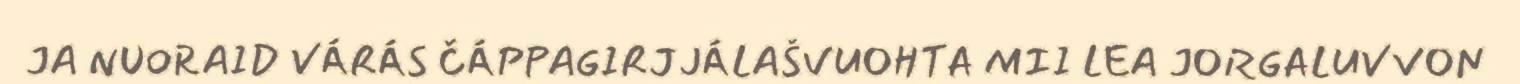
JA NUORAID VÁRÁS ČÁPPAGIRJJÁLAŠVUOHTA MII LEA JORGALUVVON